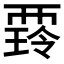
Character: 𧟺